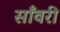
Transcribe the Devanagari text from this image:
साँवरी